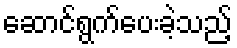
ဆောင်ရွက်ပေးခဲ့သည့်